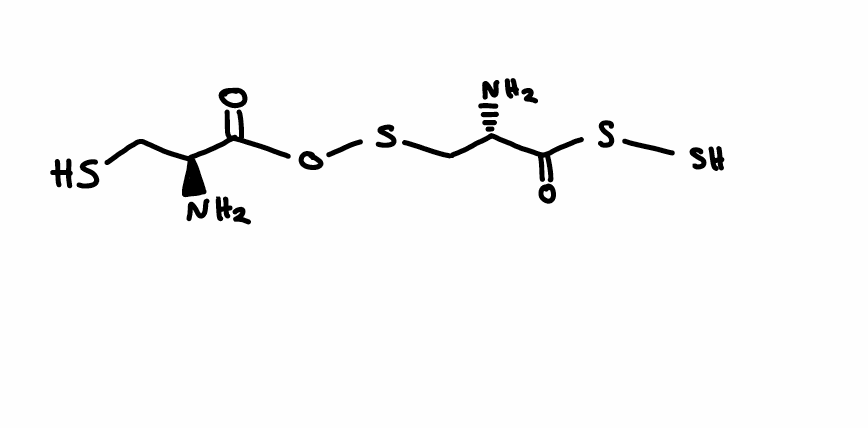
Simplified molecular-input line-entry system (SMILES) notation of the given molecule:
C([C@@H](C(=O)OSC[C@@H](C(=O)SS)N)N)S